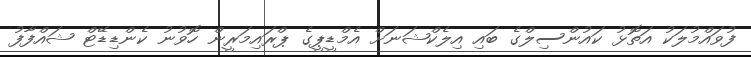
ފުވައްމުލަކު އަތޮޅު ކައުންސިލްގެ ބައި އިލެކްޝަނަށް އެމްޑީޕީގެ ޕްރައިމަރީން ހޮވުނު ކެންޑިޑޭޓް ޝައްފާފު